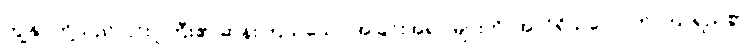
ကျွန်ုပ်တို့သည် ၎င်းဂူကြီး၏ ဆန်းကြယ်သော အခြင်းအရာ များကို၊ အလိုရှိသလောက် ကြာရှည်စွာ